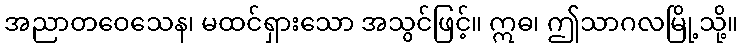
အညာတဝေသေန၊ မထင်ရှားသော အသွင်ဖြင့်။ ဣဓ၊ ဤသာဂလမြို့သို့။